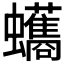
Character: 𮕘